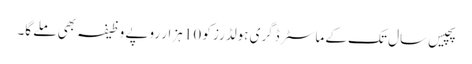
پچیس سال تک کے ماسٹر ڈگری ہولڈرز کو 10 ہزار روپے وظیفہ بھی ملے گا۔